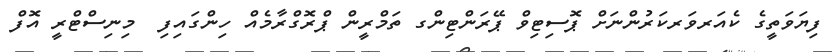
ފިޔަވަތީގެ ކެއަރވަރކަރުންނަށް ޕޮސިޓިވް ޕޭރަންޓިންގ ތަމްރީން ޕްރޮގްރާމެއް ހިންގައިފި  މިނިސްޓްރީ އޮފް